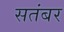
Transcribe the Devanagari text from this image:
सतंबर